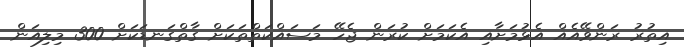
އިތުރު ރަންވޭއެއް އެޅުމަށާއި އެކަމަށް ކުރަން ޖެހޭ މަސައްކަތްތަކަށް ގާތްގަނޑަކަށް 300 މިލިއަން